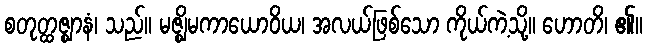
စတုတ္ထဇ္ဈာနံ၊ သည်။ မဇ္ဈိမကာယောဝိယ၊ အလယ်ဖြစ်သော ကိုယ်ကဲ့သို့။ ဟောတိ၊ ၏။